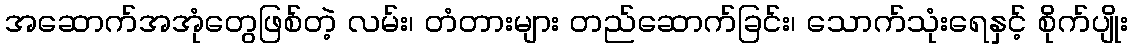
အဆောက်အအုံတွေဖြစ်တဲ့ လမ်း၊ တံတားများ တည်ဆောက်ခြင်း၊ သောက်သုံးရေနှင့် စိုက်ပျိုး